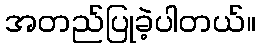
အတည်ပြုခဲ့ပါတယ်။